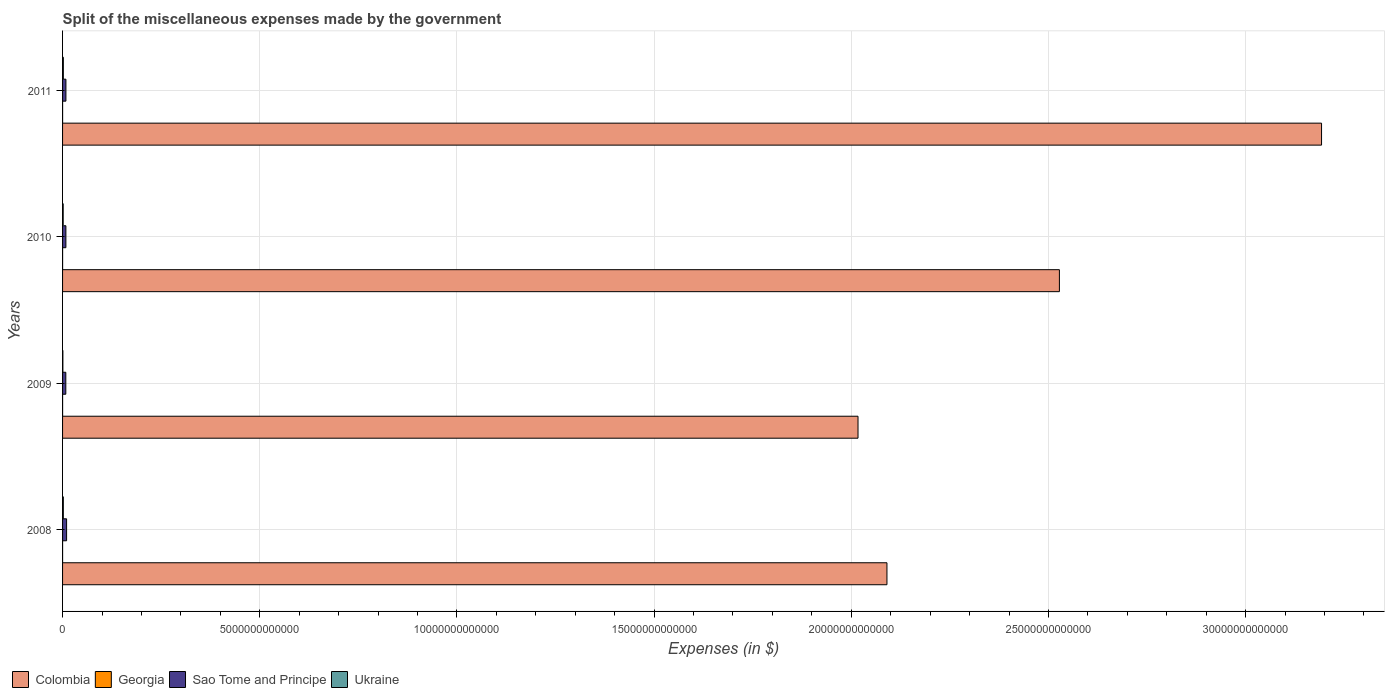
| Years | Colombia | Georgia | Sao Tome and Principe | Ukraine |
 | --- | --- | --- | --- | --- |
 | 2008 | 2.09e+13 | 5.06e+08 | 1.02e+11 | 1.93e+10 |
 | 2009 | 2.02e+13 | 6.73e+08 | 8.22e+10 | 7.82e+09 |
 | 2010 | 2.53e+13 | 6.14e+08 | 8.44e+10 | 1.56e+10 |
 | 2011 | 3.19e+13 | 6.85e+08 | 8.49e+10 | 1.96e+10 |